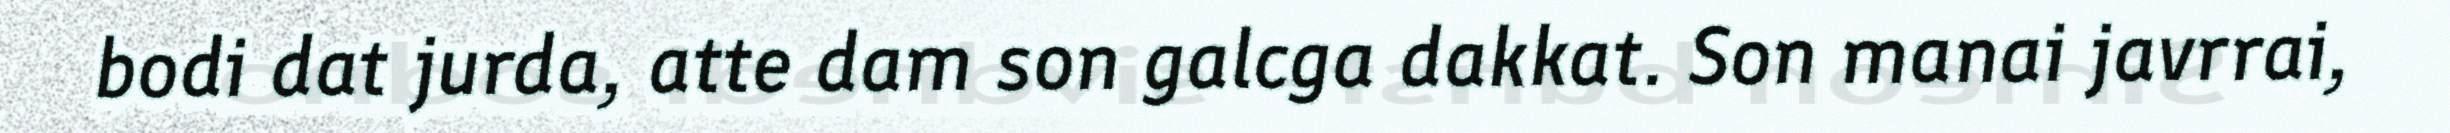
bodi dat jurda, atte dam son galcga dakkat. Son manai javrrai,